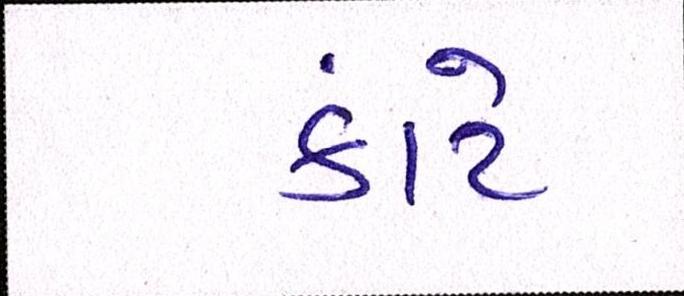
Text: કાંટે